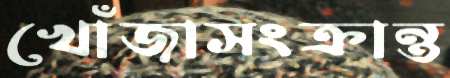
খোঁজাসংক্রান্ত